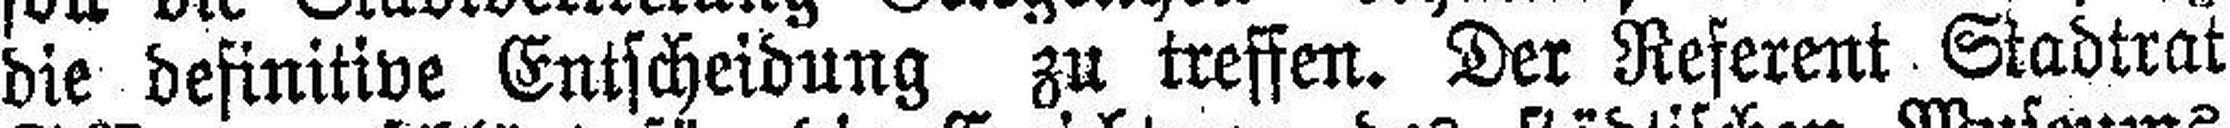
die definitive Entscheidung zu treffen. Der Referent Stadtrat